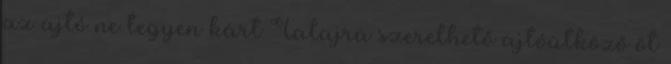
az ajtó ne tegyen kárt Talajra szerelhető ajtóütköző öt